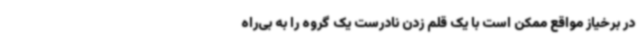
در برخیاز مواقع ممکن است با یک قلم زدن نادرست یک گروه را به بی‌راه